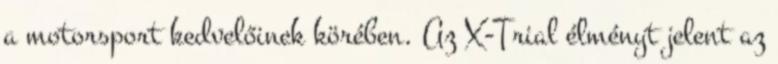
a motorsport kedvelőinek körében. Az X-Trial élményt jelent az